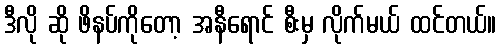
ဒီလို ဆို ဖိနပ်ကိုတော့ အနီရောင် စီးမှ လိုက်မယ် ထင်တယ်။